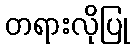
တရားလိုပြု